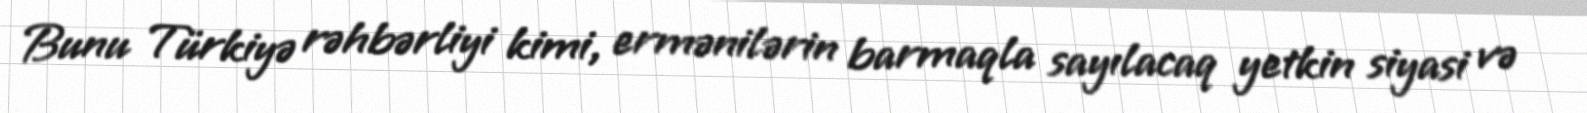
Bunu Türkiyə rəhbərliyi kimi, ermənilərin barmaqla sayılacaq yetkin siyasi və